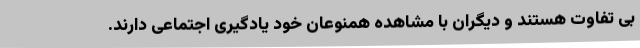
بی تفاوت هستند و دیگران با مشاهده همنوعان خود یادگیری اجتماعی دارند.